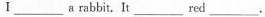
Ⅰ______ a rabbit.It ____ red _____ .